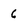
Character: 6